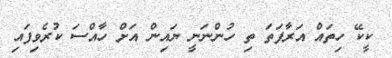
ކީކޭ ހިތައް އަރާފަތަ ތި ހުންނަނީ ޔައިން އަށް ހާއްސަ ކުރެވިފައި